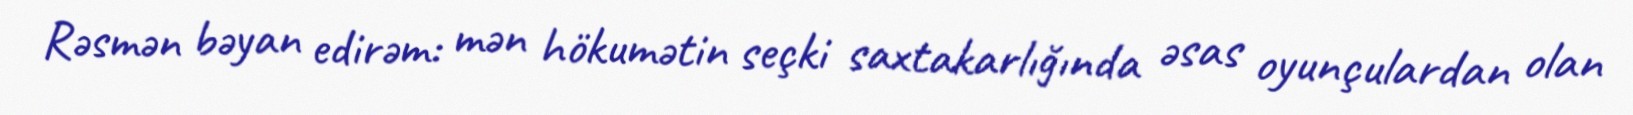
Rəsmən bəyan edirəm: mən hökumətin seçki saxtakarlığında əsas oyunçulardan olan